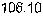
106.10